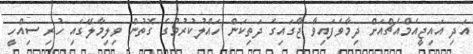
އަދި އައިޖީއެމްއެޗްއަށް ދިމާވެފައިވާ ޖާގައިގެ ދަތިކަން ހައްލުކުރުމުގެ ގޮތުން ވިލިމާލޭގައި ހުރި ސިއްހީ